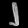
Digit: ၂